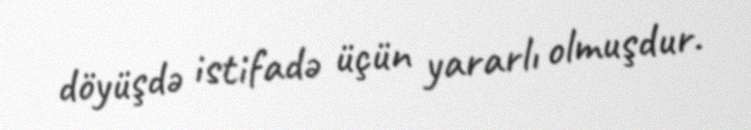
döyüşdə istifadə üçün yararlı olmuşdur.